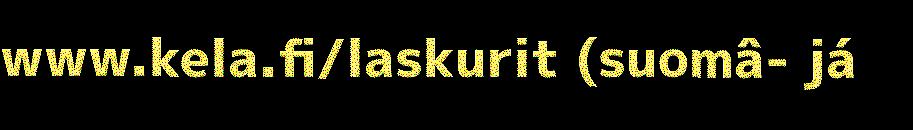
www.kela.fi/laskurit (suomâ- já